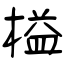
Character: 榏